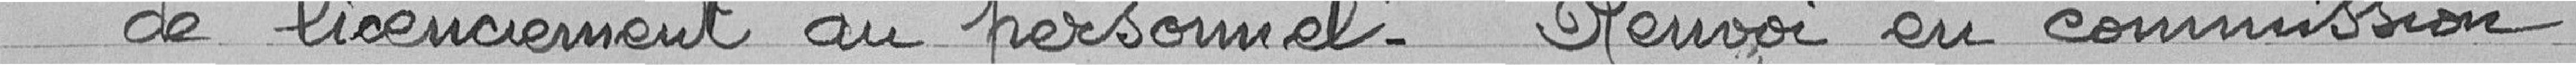
de licenciement au personnel - Renvoi en commission